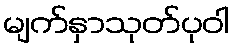
မျက်နှာသုတ်ပုဝါ